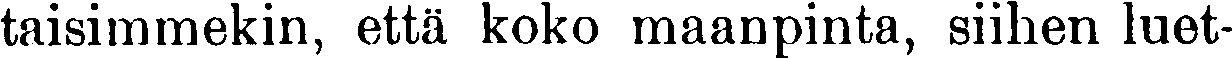
taisimmekin, että koko maanpinta, siihen luet-